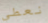
نعطي